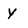
Character: y